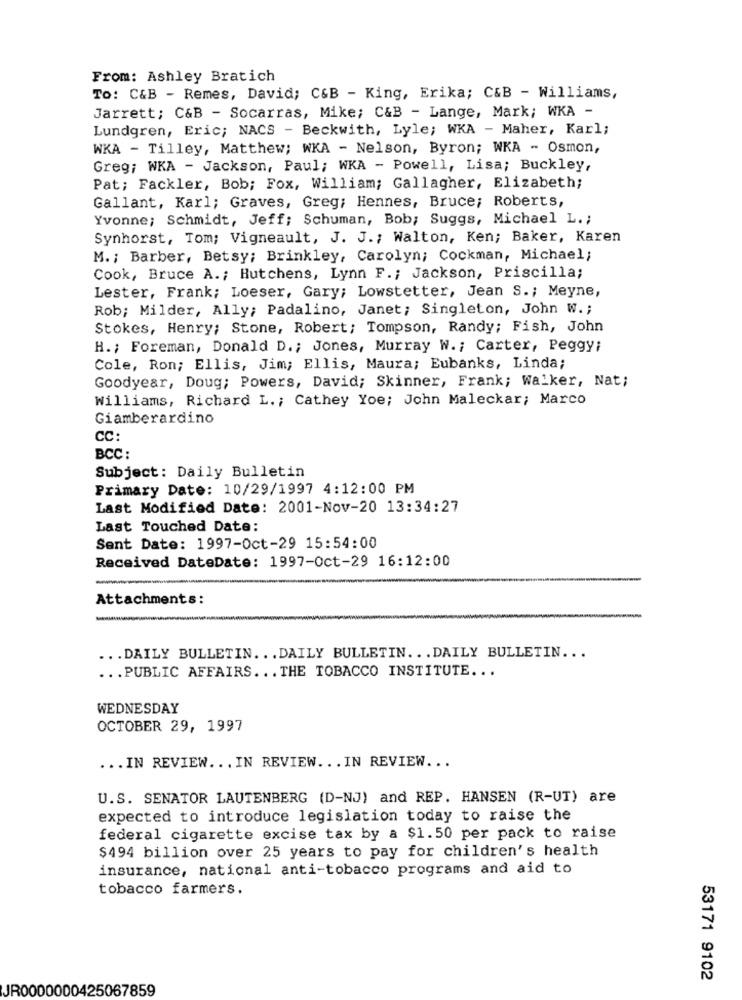
From: Ashley Bratich
To: C&B - Remes, David; C&B - King, Erika; C&B - Williams,
Jarrett; C&B - Socarras, Mike; C&B - Lange, Mark; WKA -
Lundgren, Eric; NACS - Beckwith, Lyle; WKA - Maher, Karl;
WKA - Tilley, Matthew; WKA - Nelson, Byron; WKA - Osmon,
Greg; WKA - Jackson, Paul; WKA - Powell, Lisa; Buckley,
Pat; Fackler, Bob; Fox, William; Gallagher, Elizabeth;
Gallant, Karl; Graves, Greg; Hennes, Bruce; Roberts,
Yvonne; Schmidt, Jeff; Schuman, Bob; Suggs, Michael L .;
Synhorst, Tom; Vigneault, J. J .; Walton, Ken; Baker, Karen
M. ; Barber, Betsy; Brinkley, Carolyn; Cockman, Michael;
Cook, Bruce A .; Hutchens, Lynn F .; Jackson, Priscilla;
Lester, Frank; Loeser, Gary; Lowstetter, Jean S .; Meyne,
Rob; Milder, Ally; Padalino, Janet; Singleton, John W .;
Stokes, Henry; Stone, Robert; Tompson, Randy; Fish, John
H .; Foreman, Donald D .; Jones, Murray W .; Carter, Peggy;
Cole, Ron; Ellis, Jim; Ellis, Maura; Eubanks, Linda;
Goodyear, Doug; Powers, David; Skinner, Frank; Walker, Nat;
Williams, Richard L .; Cathey Yoe; John Maleckar; Marco
Giamberardino
CC:
BCC:
Subject: Daily Bulletin
Primary Date: 10/29/1997 4:12:00 PM
Last Modified Date: 2001-Nov-20 13:34:27
Last Touched Date:
Sent Date: 1997-Oct-29 15:54:00
Received DateDate: 1997-Oct-29 16:12:00
Attachments:
-
... DAILY BULLETIN. .. DAILY BULLETIN ... DAILY BULLETIN ...
... PUBLIC AFFAIRS ... THE TOBACCO INSTITUTE ...
WEDNESDAY
OCTOBER 29, 1997
... IN REVIEW ... IN REVIEW ... IN REVIEW ...
U.S. SENATOR LAUTENBERG (D-NJ) and REP. HANSEN (R-UT) are
expected to introduce legislation today to raise the
federal cigarette excise tax by a $1.50 per pack to raise
$494 billion over 25 years to pay for children's health
insurance, national anti-tobacco programs and aid to
tobacco farmers.
53171 9102
JR0000000425067859